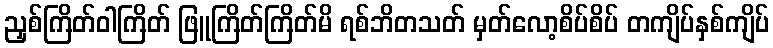
ညှစ်ကြိတ်ဝါကြိတ် ဖြူကြိတ်ကြိတ်မိ ရစ်ဘိတသတ် မှတ်လော့စိပ်စိပ် တကျိပ်နှစ်ကျိပ်